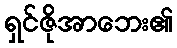
ရှင်ဇိုအာဘေး၏